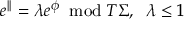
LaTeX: e ^ { | | } = \lambda e ^ { \phi } \; \; \mathrm { m o d } \; T \Sigma , \; \; \lambda \leq 1